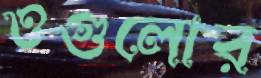
ওগুলোর